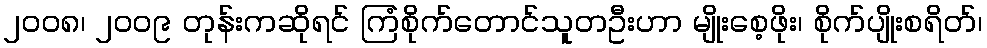
၂ဝဝ၈၊ ၂ဝဝ၉ တုန်းကဆိုရင် ကြံစိုက်တောင်သူတဦးဟာ မျိုးစေ့ဖိုး၊ စိုက်ပျိုးစရိတ်၊